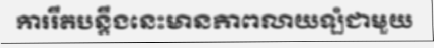
ការរឹតបន្តឹងនេះមានភាពលាយឡំជាមួយ